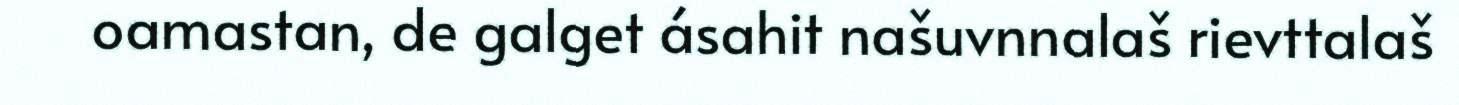
oamastan, de galget ásahit našuvnnalaš rievttalaš